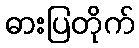
ဓားပြတိုက်